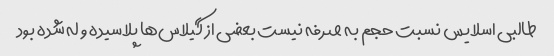
طالبی اسلایس نسبت حجم ‌به صرفه نیست بعضی از گیلاس‌ها پلاسیده و له شده بود